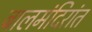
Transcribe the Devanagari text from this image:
बालमंदिरांत